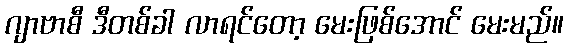
ဂျာဗာစီ ဒီတစ်ခါ လာရင်တော့ မေးဖြစ်အောင် မေးမည်။